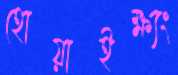
হোয়াইক্ষ্যং